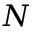
N